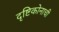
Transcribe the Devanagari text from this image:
दृष्टिकोनाची